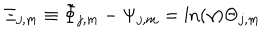
\Xi _ { j , m } \equiv \tilde { \Phi } _ { j , m } - \Psi _ { j , m } = \ln ( \gamma ) \Theta _ { j , m }